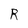
Character: R